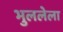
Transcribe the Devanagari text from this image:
भुललेला